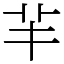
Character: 𦍋